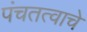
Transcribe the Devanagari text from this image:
पंचतत्वाचे